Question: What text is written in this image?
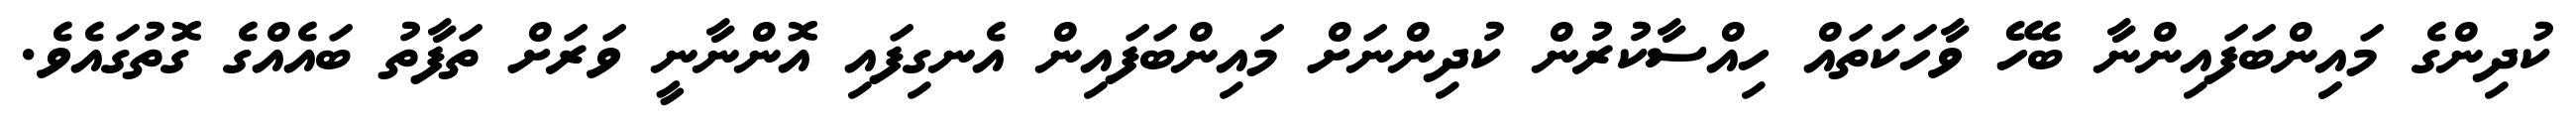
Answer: ކުދިންގެ މައިިންބަފައިންނާ ބެހޭ ވާހަކަތައް ހިއްސާކުރުން ކުދިންނަށް މައިންބަފައިން އެނގިފައި އޮންނާނީ ވަރަށް ތަފާތު ބައެއްގެ ގޮތުގައެވެ.